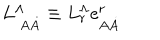
LaTeX: L _ { \ A \dot { A } } ^ { \Lambda } \equiv L _ { r } ^ { \Lambda } \mathrm { e } _ { A \dot { A } } ^ { r }